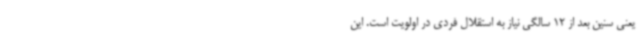
یعنی سنین بعد از 12 سالگی نیاز به استقلال فردی در اولویت است. این